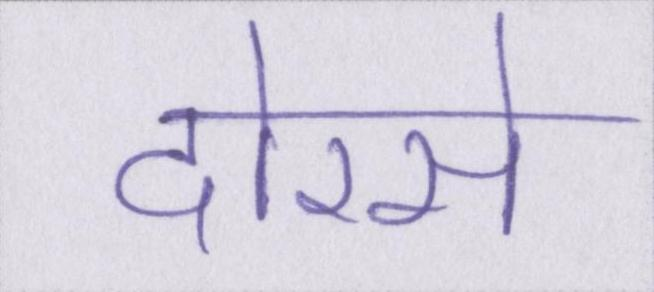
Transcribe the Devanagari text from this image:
दोरसे